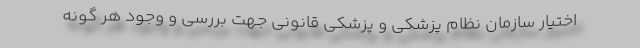
اختیار سازمان نظام پزشکی و پزشکی قانونی جهت بررسی و وجود هر گونه